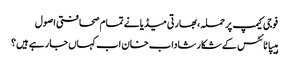
فوجی کیمپ پر حملہ ،بھارتی میڈیا نے تمام صحافتی اصول
ہیپاٹائٹس کے شکار شاداب خان اب کہاں جا رہے ہیں؟